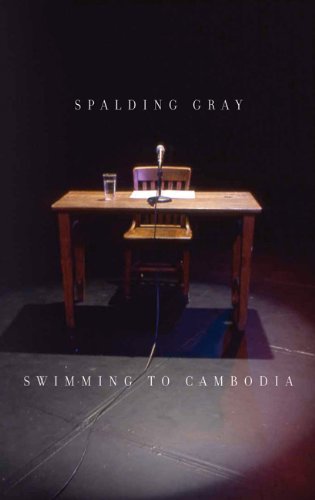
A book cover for Swimming to Cambodia; Spalding Gray; Travel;